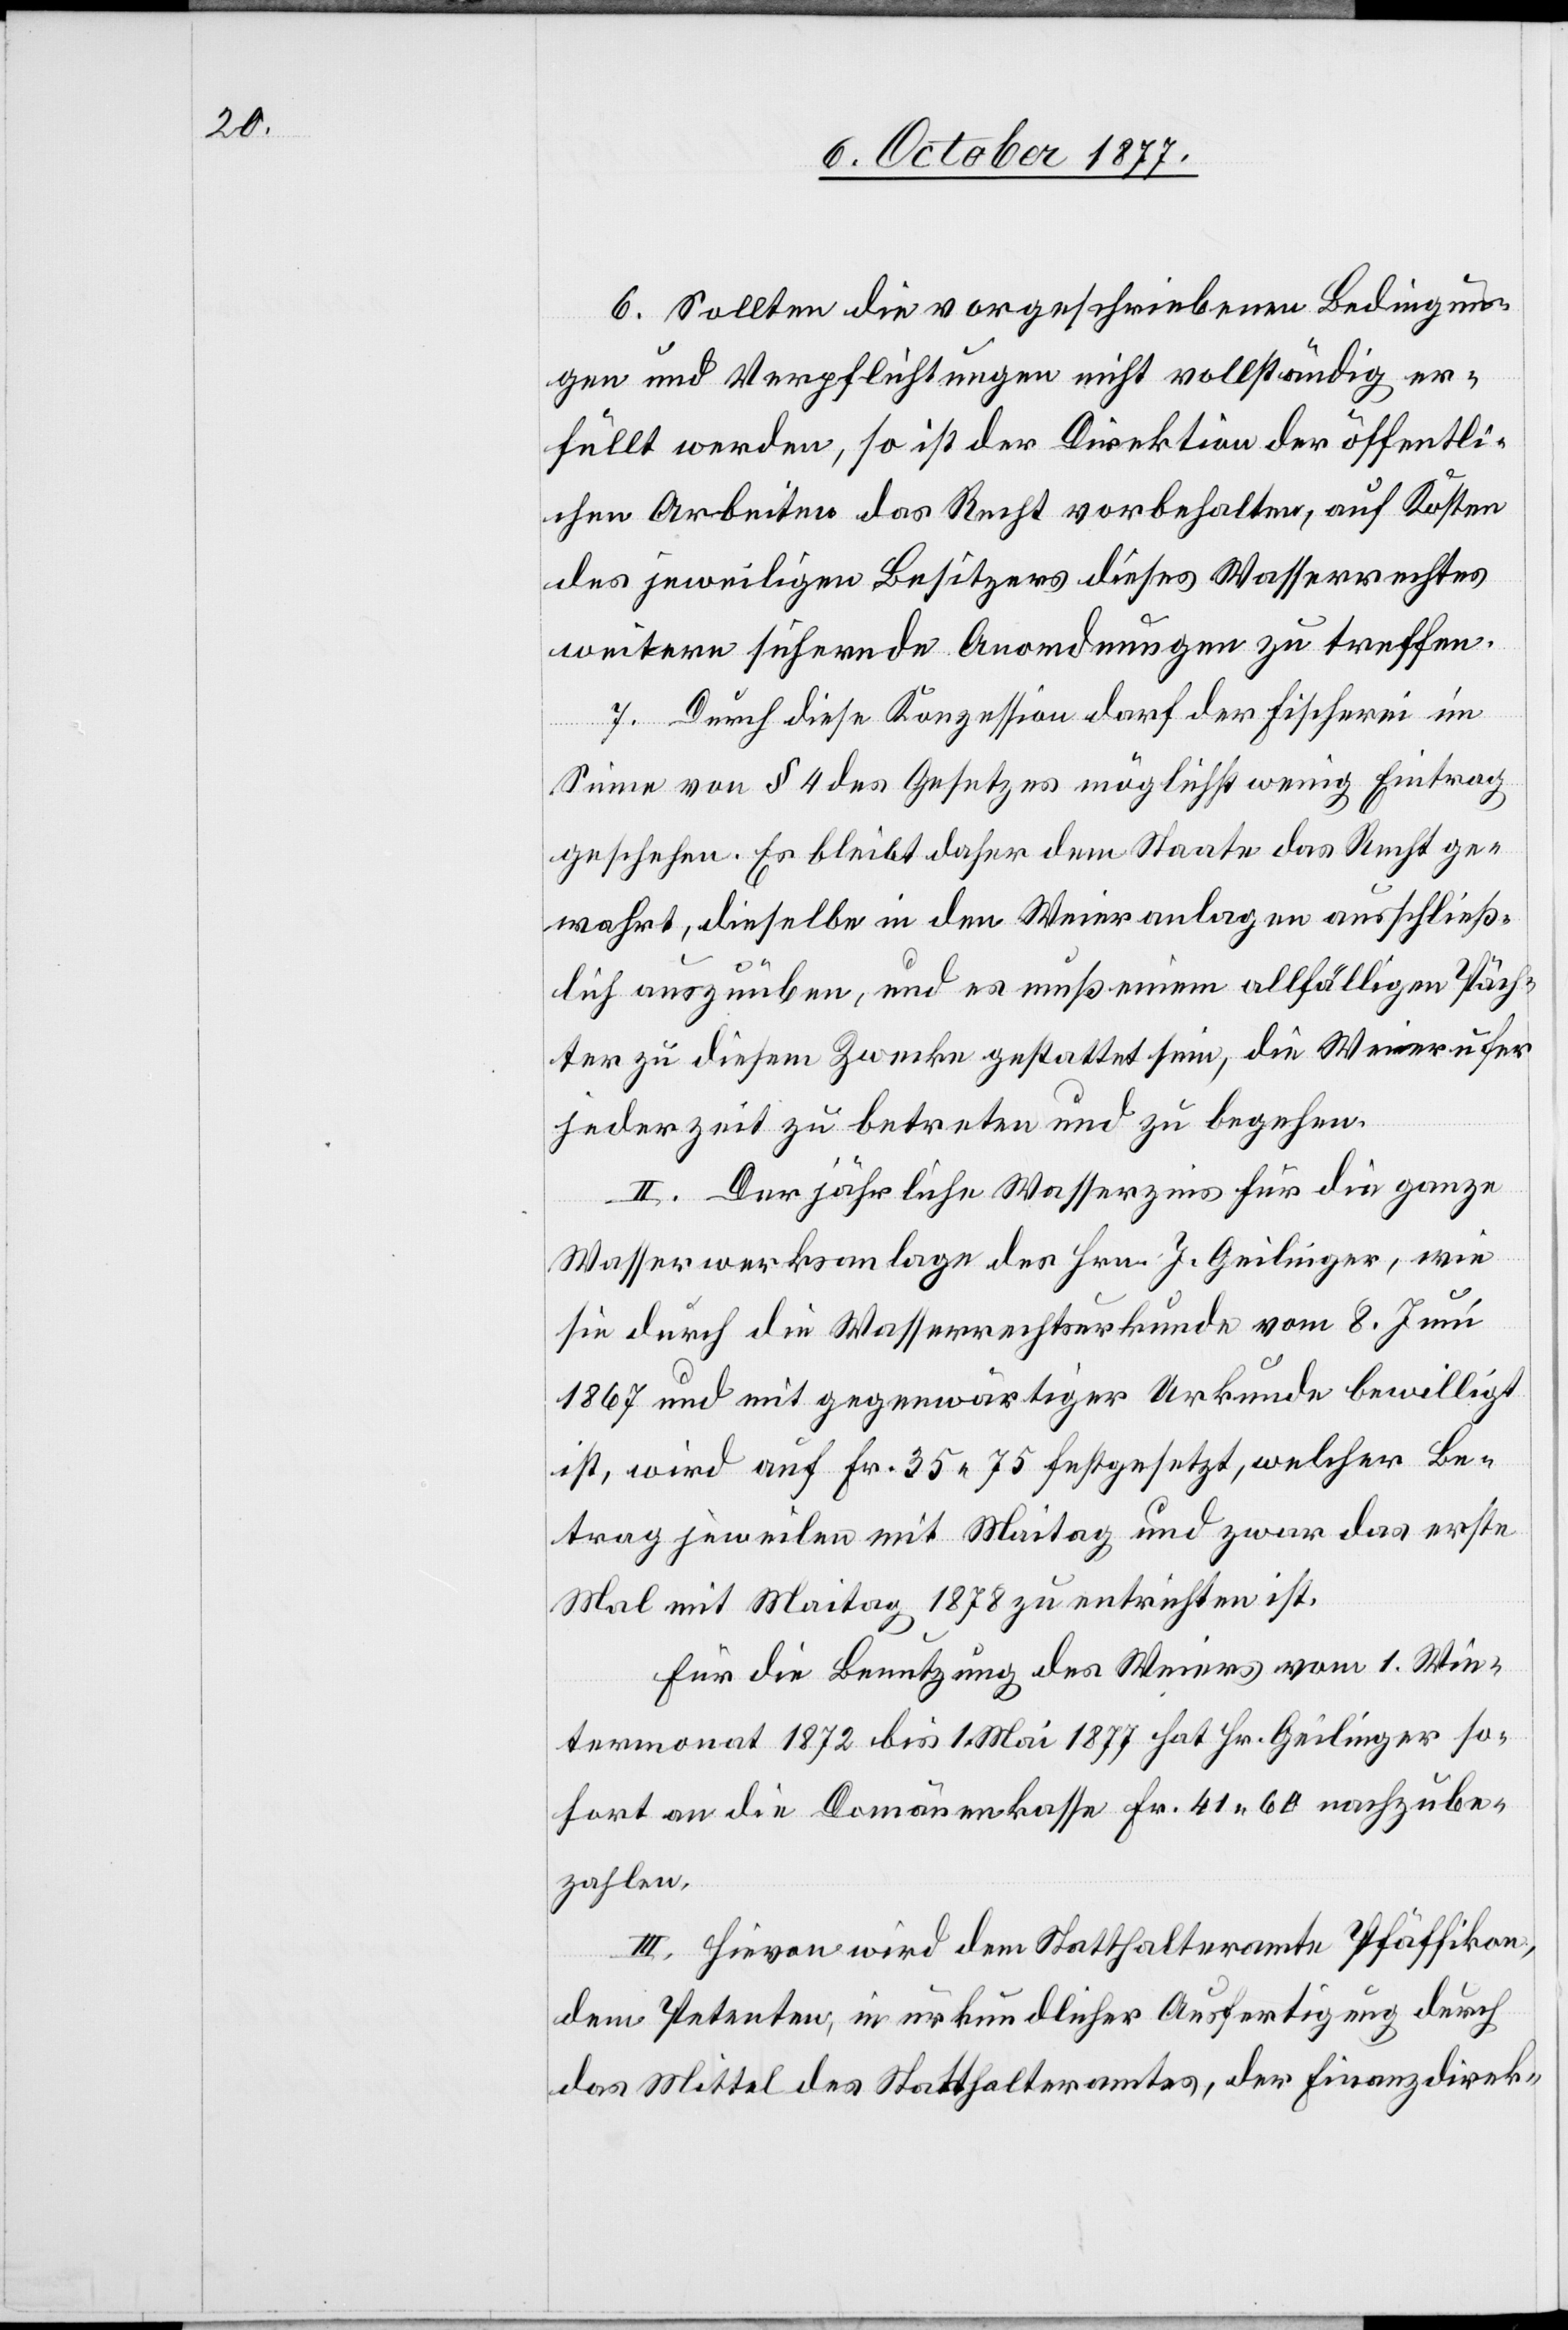
6. Sollten die vorgeschriebenen Bedingun¬
gen und Verpflichtungen nicht vollständig er¬
füllt werden, so ist der Direktion der öffentli¬
chen Arbeiten das Recht vorbehalten, auf Kosten
des jeweiligen Besitzers dieses Wasserrechtes
weitere sichernde Anordnungen zu treffen.
7. Durch diese Konzession darf der Fischerei im
Sinne von § 4 des Gesetzes möglichst wenig Eintrag
geschehen. Es bleibt daher dem Staate das Recht ge¬
wahrt, dieselbe in den Weieranlagen ausschließ¬
lich auszuüben, und es muß einem allfälligen Päch¬
ter zu diesem Zwecke gestattet sein, die Weierufer
jederzeit zu betreten und zu begehen.
II. Der jährliche Wasserzins für die ganze
Wasserwerksanlage des Hrn. J. Geilinger, wie
sie durch die Wasserrechtsurkunde vom 8. Juni
1867 und mit gegenwärtiger Urkunde bewilligt
ist, wird auf Fr. 35 75 festgesetzt, welcher Be¬
trag jeweilen mit Maitag und zwar das erste
Mal mit Maitag 1878 zu entrichten ist.
Für die Benutzung des Weiers vom 1. Win¬
termonat 1872 bis 1. Mai 1877 hat Hr. Geilinger so¬
fort an die Domänenkasse Fr. 41 60 nachzube¬
zahlen.
III. Hievon wird dem Statthalteramte Pfäffikon,
dem Petenten, in urkundlicher Ausfertigung durch
das Mittel des Statthalteramtes, der Finanzdirek-